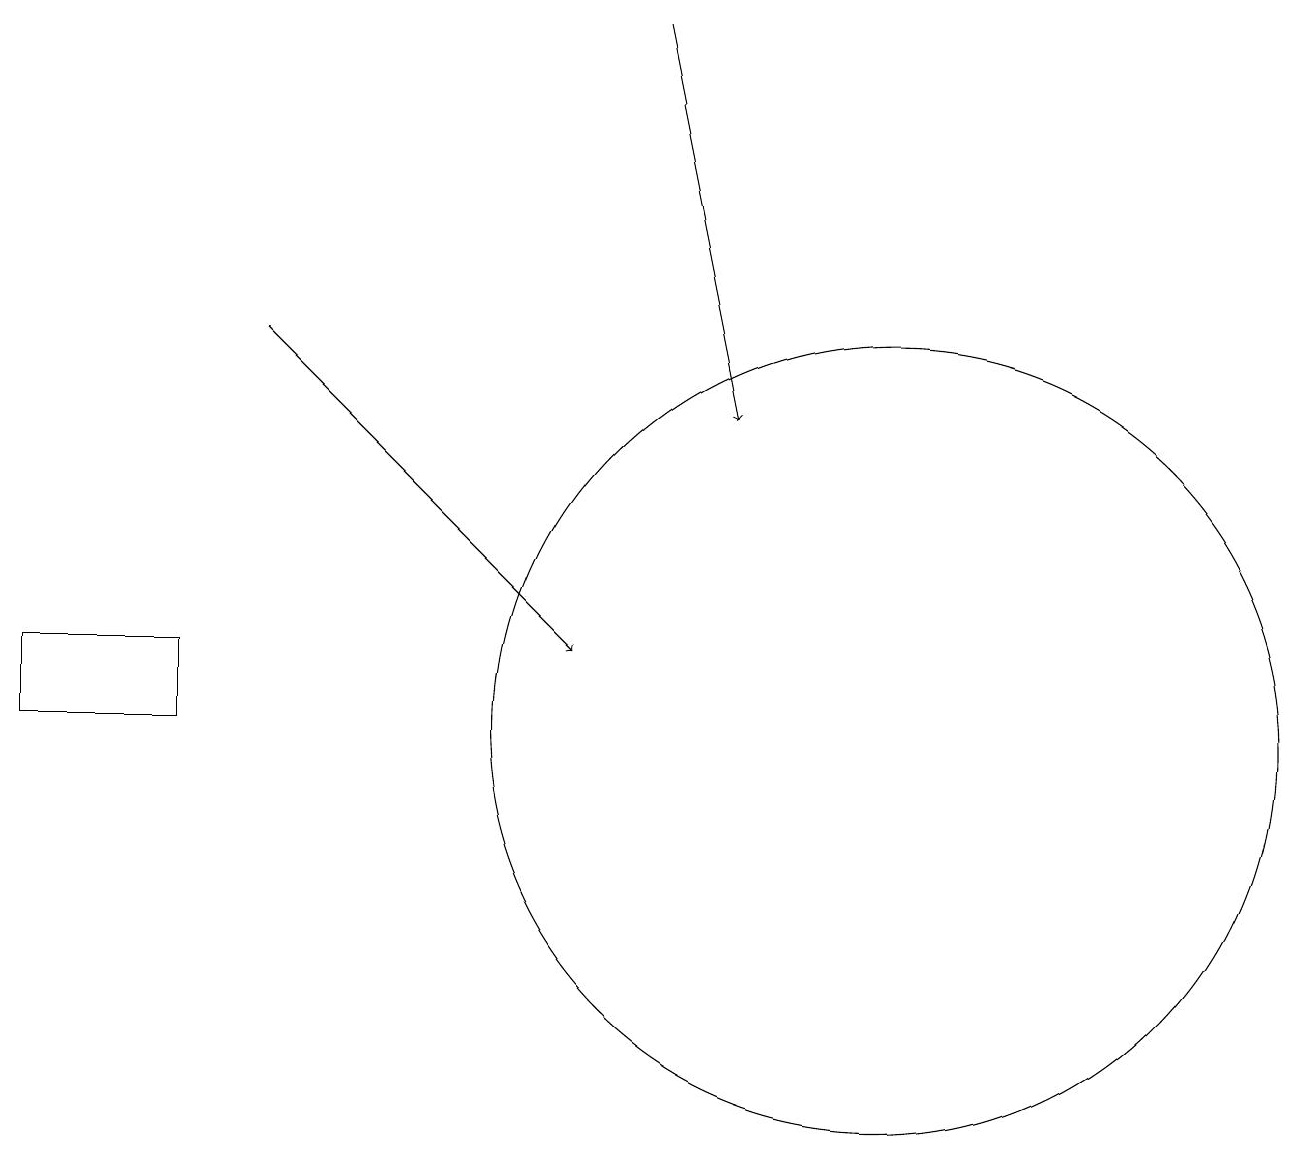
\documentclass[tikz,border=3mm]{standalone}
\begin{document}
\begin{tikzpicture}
\draw[->] (3,15) -- (7,11);
\draw (11,10) circle (5);
\draw[->] (8,19) -- (9,14);
\draw (2,11) rectangle (0,10);
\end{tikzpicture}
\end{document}